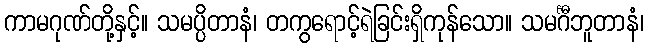
ကာမဂုဏ်တို့နှင့်။ သမပ္ပိတာနံ၊ တကွရောင့်ရဲခြင်းရှိကုန်သော။ သမင်္ဂီဘူတာနံ၊